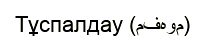
Тұспалдау (مفهوم)